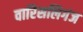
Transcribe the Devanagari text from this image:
वारिसलिगंज